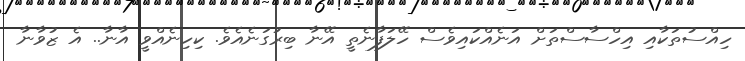
ހިއްސުތަކާއި އިހްސާސްތަށް އަނެއްކައިވެސް ހޭލަފާނެތީ އޭނާ ބިރުގަނެއެވެ. ކިހިނެއްވީ އާނާ.. އެ ޒުވާނާ